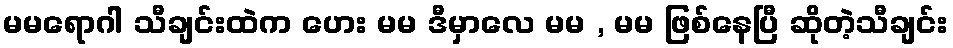
မမရောဂါ သီချင်းထဲက ဟေး မမ ဒီမှာလေ မမ , မမ ဖြစ်နေပြီ ဆိုတဲ့သီချင်း